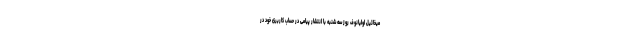
میخائیل اولیانوف روز سه شنبه با انتشار پیامی در حساب کاربری خود در